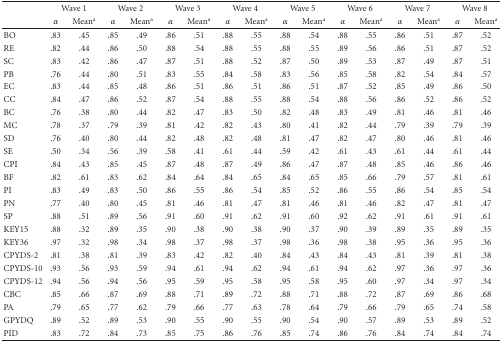
<table><thead><tr><td></td><td colspan="2"><b>Wave 1</b></td><td colspan="2"><b>Wave 2</b></td><td colspan="2"><b>Wave 3</b></td><td colspan="2"><b>Wave 4</b></td><td colspan="2"><b>Wave 5</b></td><td colspan="2"><b>Wave 6</b></td><td colspan="2"><b>Wave 7</b></td><td colspan="2"><b>Wave 8</b></td></tr><tr><td></td><td><b><i>α</i></b></td><td><b>Mean<sup>a</sup></b></td><td><b><i>α</i></b></td><td><b>Mean<sup>a</sup></b></td><td><b><i>α</i></b></td><td><b>Mean<sup>a</sup></b></td><td><b><i>α</i></b></td><td><b>Mean<sup>a</sup></b></td><td><b><i>α</i></b></td><td><b>Mean<sup>a</sup></b></td><td><b><i>α</i></b></td><td><b>Mean<sup>a</sup></b></td><td><b><i>α</i></b></td><td><b>Mean<sup>a</sup></b></td><td><b><i>α</i></b></td><td><b>Mean<sup>a</sup></b></td></tr></thead><tbody><tr><td>BO</td><td>.83</td><td>.45</td><td>.85</td><td>.49</td><td>.86</td><td>.51</td><td>.88</td><td>.55</td><td>.88</td><td>.54</td><td>.88</td><td>.55</td><td>.86</td><td>.51</td><td>.87</td><td>.52</td></tr><tr><td>RE</td><td>.82</td><td>.44</td><td>.86</td><td>.50</td><td>.88</td><td>.54</td><td>.88</td><td>.55</td><td>.88</td><td>.55</td><td>.89</td><td>.56</td><td>.86</td><td>.51</td><td>.87</td><td>.52</td></tr><tr><td>SC</td><td>.83</td><td>.42</td><td>.86</td><td>.47</td><td>.87</td><td>.51</td><td>.88</td><td>.52</td><td>.87</td><td>.50</td><td>.89</td><td>.53</td><td>.87</td><td>.49</td><td>.87</td><td>.51</td></tr><tr><td>PB</td><td>.76</td><td>.44</td><td>.80</td><td>.51</td><td>.83</td><td>.55</td><td>.84</td><td>.58</td><td>.83</td><td>.56</td><td>.85</td><td>.58</td><td>.82</td><td>.54</td><td>.84</td><td>.57</td></tr><tr><td>EC</td><td>.83</td><td>.44</td><td>.85</td><td>.48</td><td>.86</td><td>.51</td><td>.86</td><td>.51</td><td>.86</td><td>.51</td><td>.87</td><td>.52</td><td>.85</td><td>.49</td><td>.86</td><td>.50</td></tr><tr><td>CC</td><td>.84</td><td>.47</td><td>.86</td><td>.52</td><td>.87</td><td>.54</td><td>.88</td><td>.55</td><td>.88</td><td>.54</td><td>.88</td><td>.56</td><td>.86</td><td>.52</td><td>.86</td><td>.52</td></tr><tr><td>BC</td><td>.76</td><td>.38</td><td>.80</td><td>.44</td><td>.82</td><td>.47</td><td>.83</td><td>.50</td><td>.82</td><td>.48</td><td>.83</td><td>.49</td><td>.81</td><td>.46</td><td>.81</td><td>.46</td></tr><tr><td>MC</td><td>.78</td><td>.37</td><td>.79</td><td>.39</td><td>.81</td><td>.42</td><td>.82</td><td>.43</td><td>.80</td><td>.41</td><td>.82</td><td>.44</td><td>.79</td><td>.39</td><td>.79</td><td>.39</td></tr><tr><td>SD</td><td>.76</td><td>.40</td><td>.80</td><td>.44</td><td>.82</td><td>.48</td><td>.82</td><td>.48</td><td>.81</td><td>.47</td><td>.82</td><td>.47</td><td>.80</td><td>.46</td><td>.81</td><td>.46</td></tr><tr><td>SE</td><td>.50</td><td>.34</td><td>.56</td><td>.39</td><td>.58</td><td>.41</td><td>.61</td><td>.44</td><td>.59</td><td>.42</td><td>.61</td><td>.43</td><td>.61</td><td>.44</td><td>.61</td><td>.44</td></tr><tr><td>CPI</td><td>.84</td><td>.43</td><td>.85</td><td>.45</td><td>.87</td><td>.48</td><td>.87</td><td>.49</td><td>.86</td><td>.47</td><td>.87</td><td>.48</td><td>.85</td><td>.46</td><td>.86</td><td>.46</td></tr><tr><td>BF</td><td>.82</td><td>.61</td><td>.83</td><td>.62</td><td>.84</td><td>.64</td><td>.84</td><td>.65</td><td>.84</td><td>.65</td><td>.85</td><td>.66</td><td>.79</td><td>.57</td><td>.81</td><td>.61</td></tr><tr><td>PI</td><td>.83</td><td>.49</td><td>.83</td><td>.50</td><td>.86</td><td>.55</td><td>.86</td><td>.54</td><td>.85</td><td>.52</td><td>.86</td><td>.55</td><td>.86</td><td>.54</td><td>.85</td><td>.54</td></tr><tr><td>PN</td><td>.77</td><td>.40</td><td>.80</td><td>.45</td><td>.81</td><td>.46</td><td>.81</td><td>.47</td><td>.81</td><td>.46</td><td>.81</td><td>.46</td><td>.82</td><td>.47</td><td>.81</td><td>.47</td></tr><tr><td>SP</td><td>.88</td><td>.51</td><td>.89</td><td>.56</td><td>.91</td><td>.60</td><td>.91</td><td>.62</td><td>.91</td><td>.60</td><td>.92</td><td>.62</td><td>.91</td><td>.61</td><td>.91</td><td>.61</td></tr><tr><td>KEY15</td><td>.88</td><td>.32</td><td>.89</td><td>.35</td><td>.90</td><td>.38</td><td>.90</td><td>.38</td><td>.90</td><td>.37</td><td>.90</td><td>.39</td><td>.89</td><td>.35</td><td>.89</td><td>.35</td></tr><tr><td>KEY36</td><td>.97</td><td>.32</td><td>.98</td><td>.34</td><td>.98</td><td>.37</td><td>.98</td><td>.37</td><td>.98</td><td>.36</td><td>.98</td><td>.38</td><td>.95</td><td>.36</td><td>.95</td><td>.36</td></tr><tr><td>CPYDS-2</td><td>.81</td><td>.38</td><td>.81</td><td>.39</td><td>.83</td><td>.42</td><td>.82</td><td>.40</td><td>.84</td><td>.43</td><td>.84</td><td>.43</td><td>.81</td><td>.39</td><td>.81</td><td>.38</td></tr><tr><td>CPYDS-10</td><td>.93</td><td>.56</td><td>.93</td><td>.59</td><td>.94</td><td>.61</td><td>.94</td><td>.62</td><td>.94</td><td>.61</td><td>.94</td><td>.62</td><td>.97</td><td>.36</td><td>.97</td><td>.36</td></tr><tr><td>CPYDS-12</td><td>.94</td><td>.56</td><td>.94</td><td>.56</td><td>.95</td><td>.59</td><td>.95</td><td>.58</td><td>.95</td><td>.58</td><td>.95</td><td>.60</td><td>.97</td><td>.34</td><td>.97</td><td>.34</td></tr><tr><td>CBC</td><td>.85</td><td>.66</td><td>.87</td><td>.69</td><td>.88</td><td>.71</td><td>.89</td><td>.72</td><td>.88</td><td>.71</td><td>.88</td><td>.72</td><td>.87</td><td>.69</td><td>.86</td><td>.68</td></tr><tr><td>PA</td><td>.79</td><td>.65</td><td>.77</td><td>.62</td><td>.79</td><td>.66</td><td>.77</td><td>.63</td><td>.78</td><td>.64</td><td>.79</td><td>.66</td><td>.79</td><td>.65</td><td>.74</td><td>.58</td></tr><tr><td>GPYDQ</td><td>.89</td><td>.52</td><td>.89</td><td>.53</td><td>.90</td><td>.55</td><td>.90</td><td>.55</td><td>.90</td><td>.54</td><td>.90</td><td>.57</td><td>.89</td><td>.53</td><td>.89</td><td>.52</td></tr><tr><td>PID</td><td>.83</td><td>.72</td><td>.84</td><td>.73</td><td>.85</td><td>.75</td><td>.86</td><td>.76</td><td>.85</td><td>.74</td><td>.86</td><td>.76</td><td>.84</td><td>.74</td><td>.84</td><td>.74</td></tr></tbody></table>